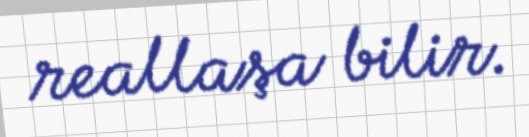
reallaşa bilir.